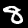
Digit: 8